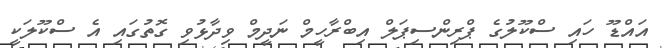
އައްޑޫ ހައި ސްކޫލުގެ ޕްރިންސިޕަލް އިބްރާހީމް ނަދީމް ވިދާޅުވި ގޮތުގައި އެ ސްކޫލަކީ